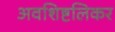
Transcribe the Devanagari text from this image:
अवशिष्टलिकर